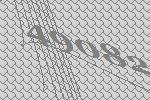
49082